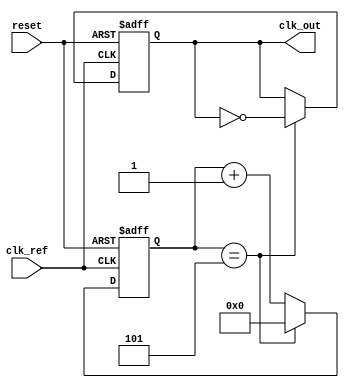
module fractional_PLL (
    input wire clk_ref,          // Reference clock input
    input wire reset,            // Reset signal
    output reg clk_out           // Output clock signal
);

    // Parameters
    parameter DIV_INT = 4;       // Integer division factor
    parameter DIV_FRAC = 2;      // Fractional division factor
    parameter N = DIV_INT + DIV_FRAC; // Total division factor

    // Internal signals
    reg [N-1:0] counter;         // Counter for frequency division
    reg [1:0] phase_error;       // Phase error signal
    reg [N-1:0] vco_freq;        // VCO frequency register
    reg [N-1:0] loop_filter;      // Loop filter output
    reg clk_vco;                 // VCO clock signal

    // Phase Detector (PFD)
    always @(posedge clk_ref or posedge reset) begin
        if (reset) begin
            phase_error <= 2'b00; // Reset phase error
        end else begin
            // Simple phase error detection logic
            if (clk_out) begin
                phase_error <= 2'b01; // Output clock is leading
            end else begin
                phase_error <= 2'b10; // Output clock is lagging
            end
        end
    end

    // Loop Filter (LF) - Simple first-order filter
    always @(posedge clk_ref or posedge reset) begin
        if (reset) begin
            loop_filter <= 0; // Reset loop filter
        end else begin
            loop_filter <= loop_filter + phase_error; // Integrate error signal
        end
    end

    // Voltage-Controlled Oscillator (VCO)
    always @(posedge clk_ref or posedge reset) begin
        if (reset) begin
            vco_freq <= 0; // Reset VCO frequency
        end else begin
            vco_freq <= loop_filter; // Update VCO frequency based on loop filter
        end
    end

    // Frequency Divider
    always @(posedge clk_ref or posedge reset) begin
        if (reset) begin
            counter <= 0; // Reset counter
            clk_out <= 0; // Reset output clock
        end else begin
            counter <= counter + 1;
            if (counter == DIV_INT + DIV_FRAC - 1) begin
                clk_out <= ~clk_out; // Toggle output clock
                counter <= 0; // Reset counter
            end
        end
    end

endmodule